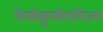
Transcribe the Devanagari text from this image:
रोसीक्रुसीएनिज्म